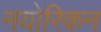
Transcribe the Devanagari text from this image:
नयोरिकन